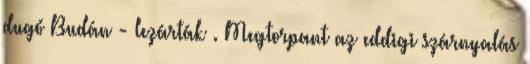
dugó Budán - lezárták . Megtorpant az eddigi szárnyalás